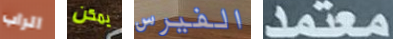
الراب يمكن الفيرس معتمد